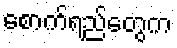
စောက်ရည်တွေက